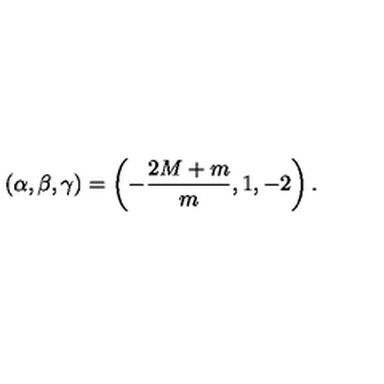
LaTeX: ( \alpha , \beta , \gamma ) = \left( - \frac { 2 M + m } { m } , 1 , - 2 \right) .